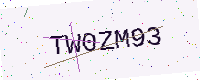
Text: TW0ZM93